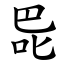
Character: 巼